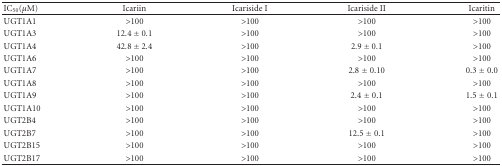
<table><thead><tr><td><b>IC<sub>50</sub>(<i>μ</i>M)</b></td><td><b>Icariin</b></td><td><b>Icariside I</b></td><td><b>Icariside II</b></td><td><b>Icaritin</b></td></tr></thead><tbody><tr><td>UGT1A1</td><td>&gt;100</td><td>&gt;100</td><td>&gt;100</td><td>&gt;100</td></tr><tr><td>UGT1A3</td><td>12.4 ± 0.1</td><td>&gt;100</td><td>&gt;100</td><td>&gt;100</td></tr><tr><td>UGT1A4</td><td>42.8 ± 2.4</td><td>&gt;100</td><td>2.9 ± 0.1</td><td>&gt;100</td></tr><tr><td>UGT1A6</td><td>&gt;100</td><td>&gt;100</td><td>&gt;100</td><td>&gt;100</td></tr><tr><td>UGT1A7</td><td>&gt;100</td><td>&gt;100</td><td>2.8 ± 0.10</td><td>0.3 ± 0.0</td></tr><tr><td>UGT1A8</td><td>&gt;100</td><td>&gt;100</td><td>&gt;100</td><td>&gt;100</td></tr><tr><td>UGT1A9</td><td>&gt;100</td><td>&gt;100</td><td>2.4 ± 0.1</td><td>1.5 ± 0.1</td></tr><tr><td>UGT1A10</td><td>&gt;100</td><td>&gt;100</td><td>&gt;100</td><td>&gt;100</td></tr><tr><td>UGT2B4</td><td>&gt;100</td><td>&gt;100</td><td>&gt;100</td><td>&gt;100</td></tr><tr><td>UGT2B7</td><td>&gt;100</td><td>&gt;100</td><td>12.5 ± 0.1</td><td>&gt;100</td></tr><tr><td>UGT2B15</td><td>&gt;100</td><td>&gt;100</td><td>&gt;100</td><td>&gt;100</td></tr><tr><td>UGT2B17</td><td>&gt;100</td><td>&gt;100</td><td>&gt;100</td><td>&gt;100</td></tr></tbody></table>